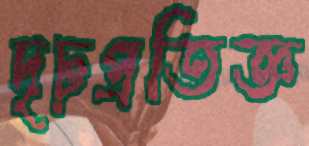
দৃঢ়প্রতিজ্ঞ